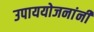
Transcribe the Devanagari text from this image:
उपाययोजनांनी